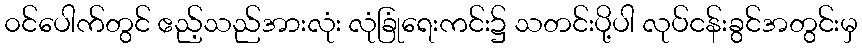
၀င်ပေါက်တွင် ဧည့်သည်အားလုံး လုံခြုံရေးကင်း၌ သတင်းပို့ပါ လုပ်ငန်းခွင်အတွင်းမှ